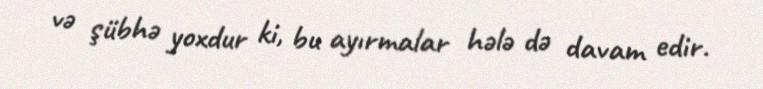
və şübhə yoxdur ki, bu ayırmalar hələ də davam edir.